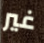
غير